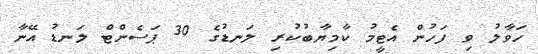
ހަވާލު ވި ފަހުން އެޓީމު ކާމިޔާބުކުރި ލަނޑުގެ 30 ޕަސެންޓް ލަނޑު އޭނާ